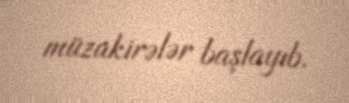
müzakirələr başlayıb.